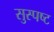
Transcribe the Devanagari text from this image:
सुस्‍पष्‍ट